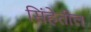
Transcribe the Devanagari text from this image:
सिंहेतील